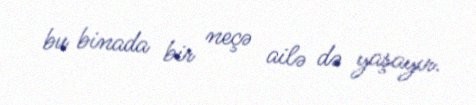
bu binada bir neçə ailə də yaşayır.